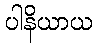
ပါနိယာယ